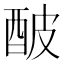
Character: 𨠜